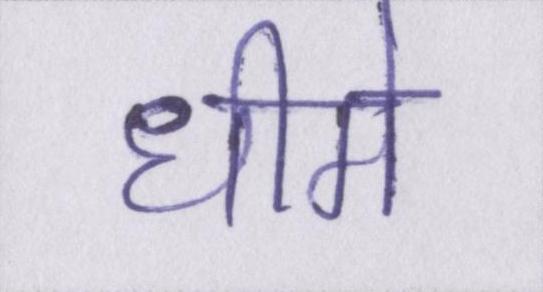
धीमे